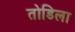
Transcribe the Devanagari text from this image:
तोडिला